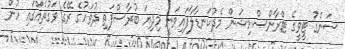
ސަންގު ޓީވީގެ ޓްރާންސްމިޝަން މެދުކަނޑާލާފައިވަނީ މިދިޔަ ބުރާސްފަތި ދުވަހުގެ ރޭގެ ވަގުތެއްގައި ހުން